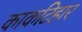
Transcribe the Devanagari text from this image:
काकटिहार